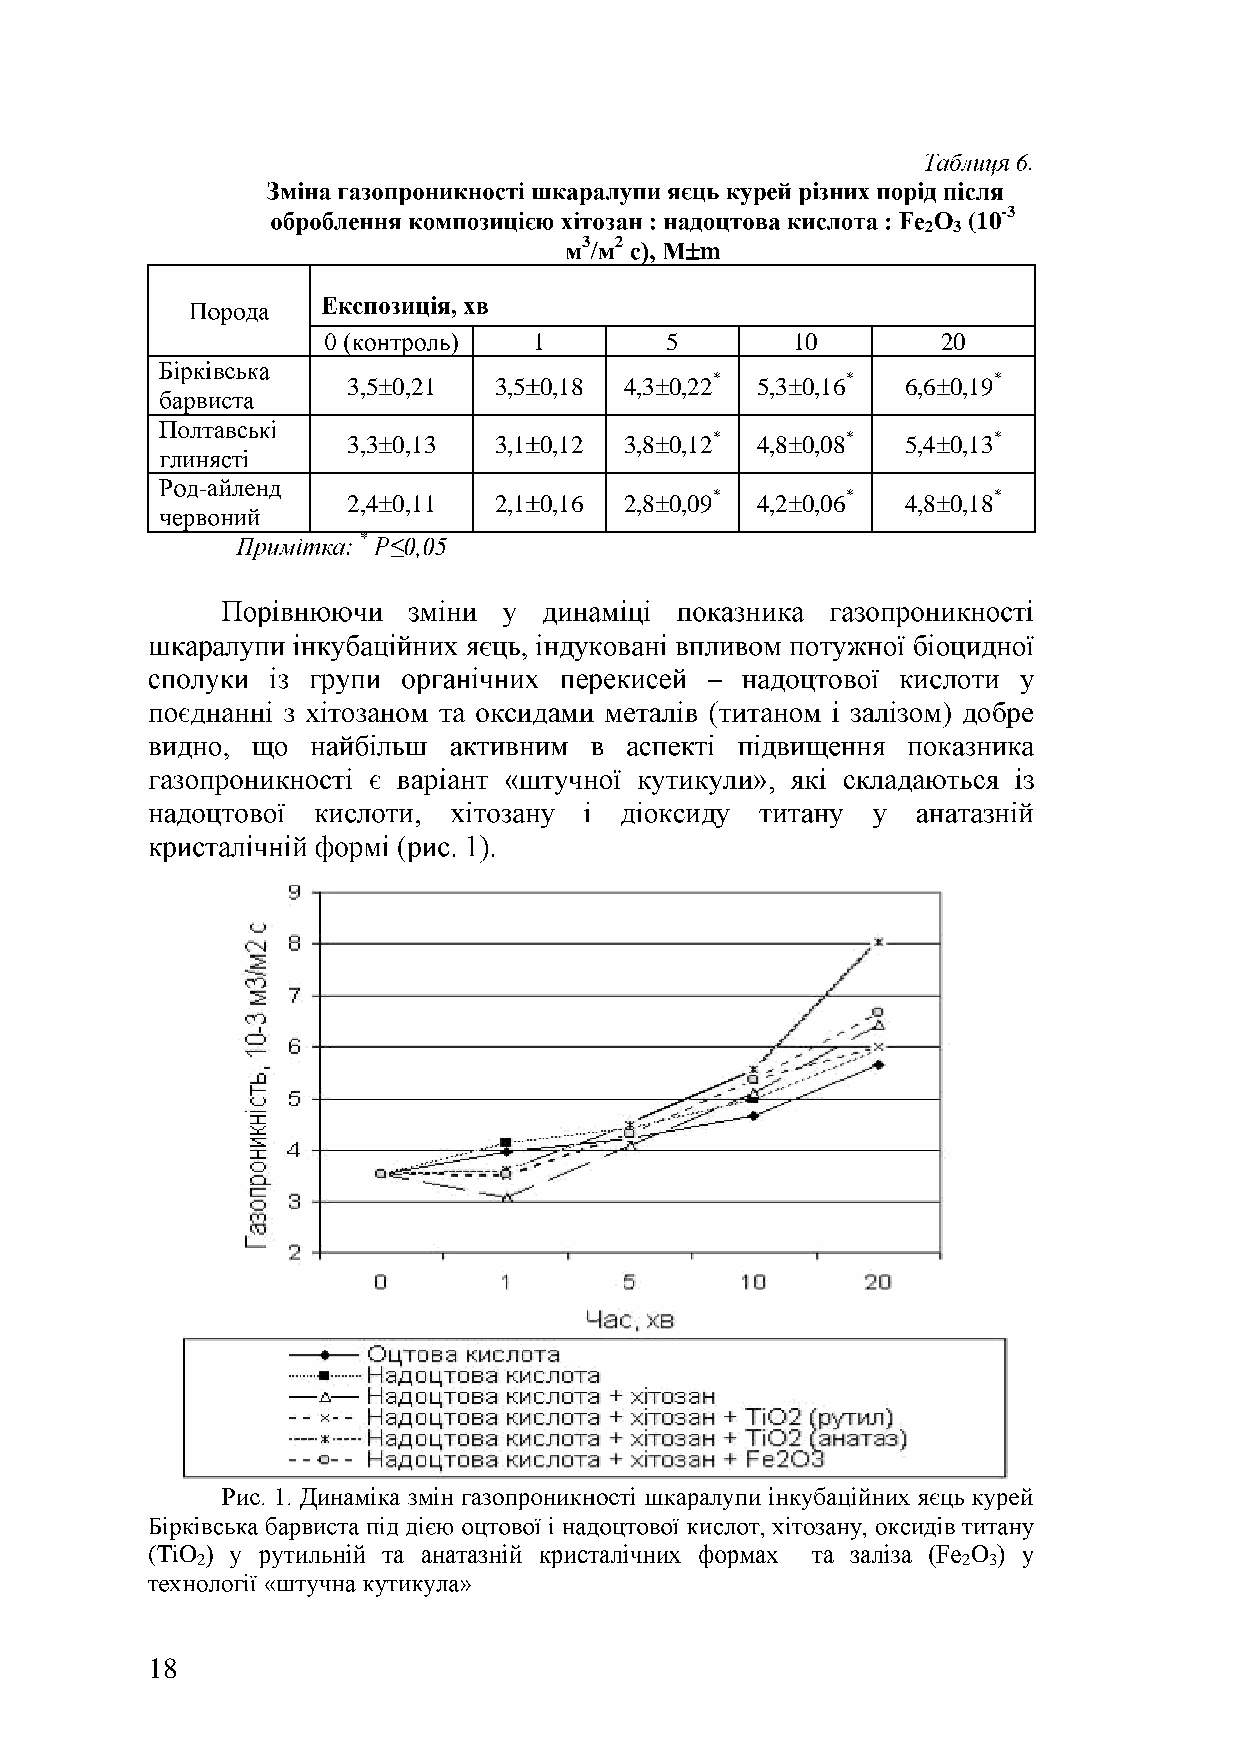
.
 O (10-3
 2 3
 3 2    m
 1        5       10        20
 3,5 0,21  3,5 0,18 4,3 0,22* 5,3 0,16* 6,6 0,19*
 3,3 0,13  3,1 0,12 3,8 0,12* 4,8 0,08* 5,4 0,13*
 -
 2,4 0,11  2,1 0,16 2,8 0,09* 4,2 0,06* 4,8 0,18*
 *
 (TiO                                                  O
 2                                                  2 3
 18